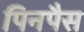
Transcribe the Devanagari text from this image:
पिनपैस